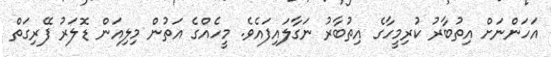
އަހަންނަށް އިތުބާރު ކުރިމީހާގެ އިތުބާރު ނަގާލައިފައެވެ. މީހެއްގެ އަތުން މިލިއަން ޑޮލަރު ފޭރިގަތް